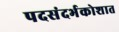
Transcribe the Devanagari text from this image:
पदसंदर्भकोशात